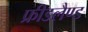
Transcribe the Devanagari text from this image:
फ्रीडलैण्ड